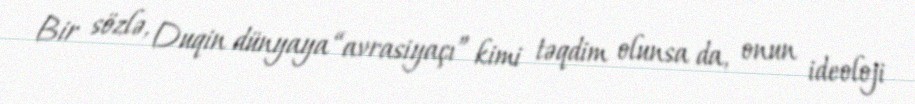
Bir sözlə, Duqin dünyaya “avrasiyaçı” kimi təqdim olunsa da, onun ideoloji